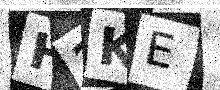
Text: H2KE